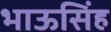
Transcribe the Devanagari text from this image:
भाऊसिंह